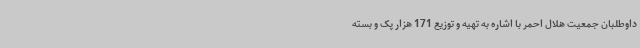
داوطلبان جمعیت هلال احمر با اشاره به تهیه و توزیع 171 هزار پک و بسته